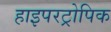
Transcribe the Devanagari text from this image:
हाइपरट्रोपिक